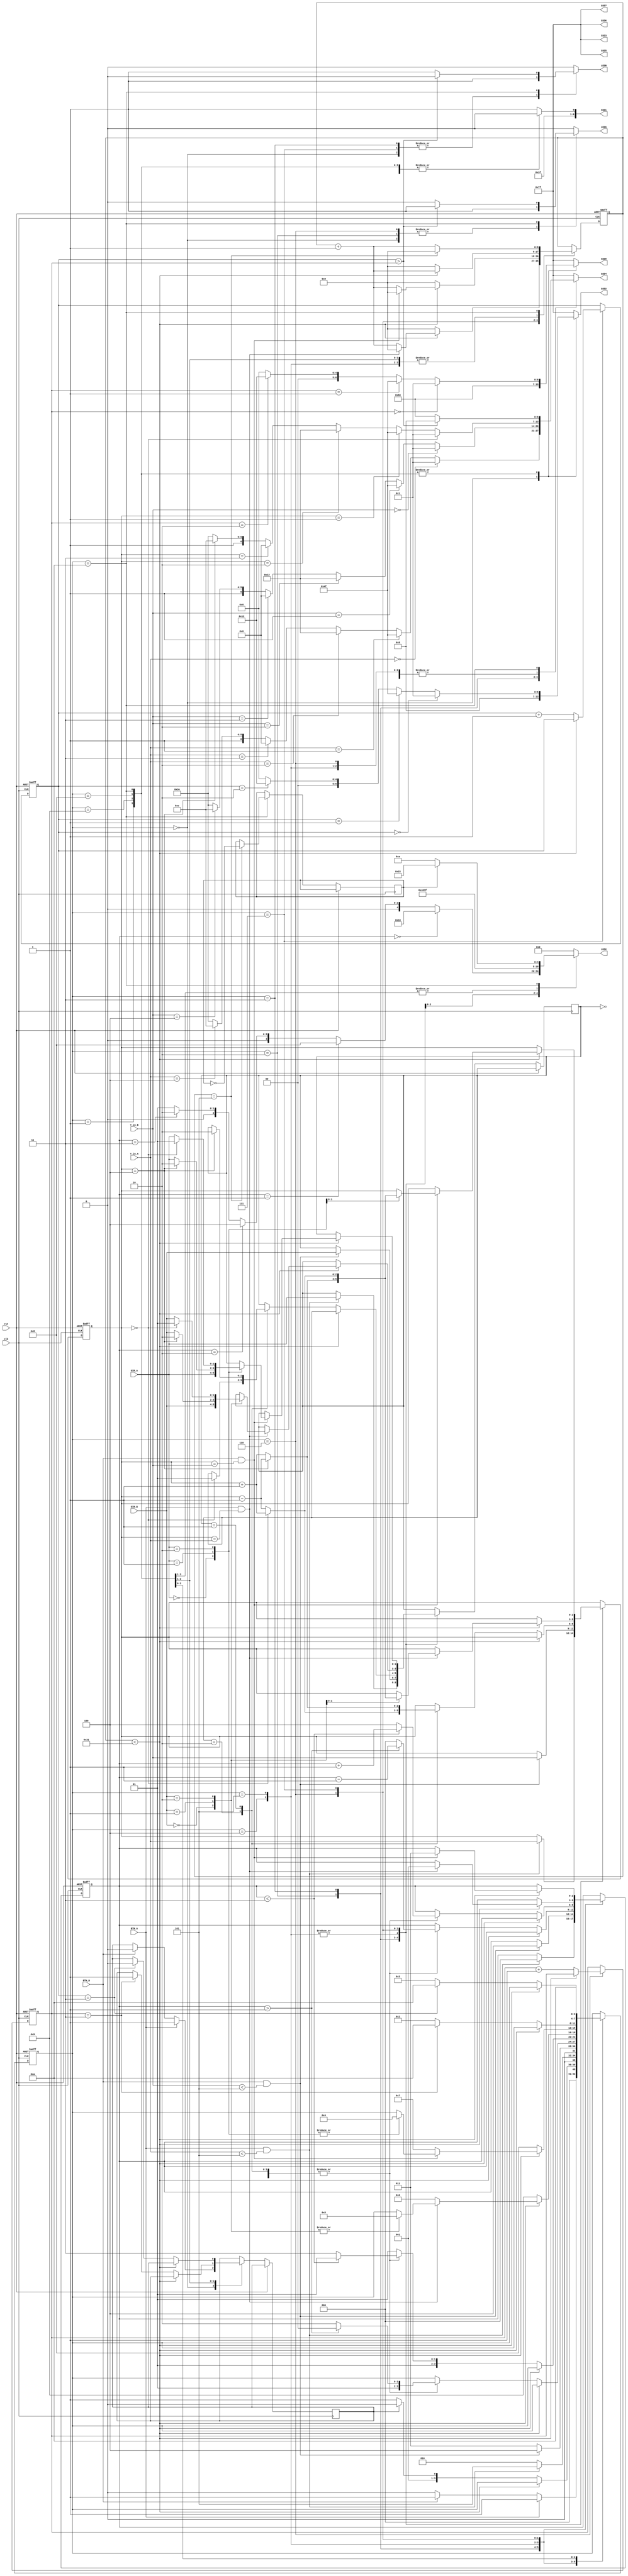
/*
Emre Kirmizi

External modules to be implemented:
- Binary to 7 segment decoder (bin2ssd) //implemented


*/


module hockey(

    input clk,
    input rst,
    
    input BTN_A,
    input BTN_B,
    
    input [1:0] DIR_A,
    input [1:0] DIR_B,
    
    input [2:0] Y_in_A,
    input [2:0] Y_in_B,


    output reg LEDA,
    output reg LEDB,
    output reg [4:0] LEDX,
    
    output reg [6:0] SSD7,
    output reg [6:0] SSD6,
    output reg [6:0] SSD5,
    output reg [6:0] SSD4, 
    output reg [6:0] SSD3,  
    output reg [6:0] SSD2, //left
    output reg [6:0] SSD1, //mid
    output reg [6:0] SSD0  //right

	
    
    );
        

	reg [2:0] X_COORD;
	reg [2:0] Y_COORD;
    
    reg [3:0]  state; //state variable
    reg turn;
    reg [1:0] dir;
    reg [1:0] score_A;
    reg [1:0] score_B;
    reg doBlink;
    

    reg[8:0] timer_count;

    parameter ZERO = 7'b0000001;
    parameter ONE = 7'b1001111;
    parameter TWO = 7'b0010010;
    parameter THREE = 7'b0000110;
    parameter FOUR = 7'b1001100;
    parameter FIVE = 7'b0100100;
    parameter SIX = 7'b0100000;
    parameter SEVEN = 7'b0001111;


    parameter   IDLE = 4'b0000;
    parameter   DISP = 4'b0001;    
    parameter   HIT_A = 4'b0010;
    parameter   HIT_B = 4'b0011;
    parameter   SEND_A = 4'b0100;
    parameter   SEND_B = 4'b0101;
    parameter   RESP_A = 4'b0110;
    parameter   RESP_B = 4'b0111;
    parameter   GOAL_A = 4'b1000;
    parameter   GOAL_B = 4'b1001;
    parameter   _END = 4'b1010;
    
    parameter delay = 50; //set 200000000 for 2 second delay, in 10MHz clock

    always @ (*)   //for ssd's
    begin
        case (state)
            IDLE:
                begin
                    SSD0 = 7'b1100000;  //Says b
                    SSD1 = 7'b1111110;  //Says -
                    SSD2 = 7'b0001000; //Says A
                    SSD3 = 7'b1111111; //Says nothing
                    SSD4 = 7'b1111111; //Says nothing
                    SSD5 = 7'b1111111; //Says nothing
                    SSD6 = 7'b1111111; //Says nothing
                    SSD7 = 7'b1111111; //Says nothing
                end

            DISP:
                begin
                    SSD3 = 7'b1111111; //Says nothing
                    SSD4 = 7'b1111111; //Says nothing
                    SSD5 = 7'b1111111; //Says nothing
                    SSD6 = 7'b1111111; //Says nothing
                    SSD7 = 7'b1111111; //Says nothing
                    SSD1 = 7'b1111110;  //Says -
                    if (score_A == 0)
                        SSD2 = ZERO;
                    else if (score_A == 1)
                        SSD2 = ONE;
                    else if (score_A == 2)
                        SSD2 = TWO;
                    else
                        SSD2 = THREE;

                    if (score_B == 0)
                        SSD0 = ZERO;
                    else if (score_B == 1)
                        SSD0 = ONE;
                    else if (score_B == 2)
                        SSD0 = TWO;
                    else
                        SSD0 = THREE;      
                end
            
            HIT_A:
                begin
                    SSD0 = 7'b1111111; //Says nothing
                    SSD1 = 7'b1111111; //Says nothing
                    SSD2 = 7'b1111111; //Says nothing
                    SSD3 = 7'b1111111; //Says nothing
                    // SSD4 = 1111111; //Says nothing
                    SSD5 = 7'b1111111; //Says nothing
                    SSD6 = 7'b1111111; //Says nothing
                    SSD7 = 7'b1111111; //Says nothing
                    if (Y_in_A == 0)
                        SSD4 = ZERO;
                    else if (Y_in_A == 1)
                        SSD4 = ONE;
                    else if (Y_in_A == 2)
                        SSD4 = TWO;
                    else if (Y_in_A == 3)
                        SSD4 = THREE;
                    else if (Y_in_A == 4)
                        SSD4 = FOUR;
                    else 
                        SSD4 = 7'b1111110;
                end

                HIT_B:
                begin
                    SSD0 = 7'b1111111; //Says nothing
                    SSD1 = 7'b1111111; //Says nothing
                    SSD2 = 7'b1111111; //Says nothing
                    SSD3 = 7'b1111111; //Says nothing
                    // SSD4 = 1111111; //Says nothing
                    SSD5 = 7'b1111111; //Says nothing
                    SSD6 = 7'b1111111; //Says nothing
                    SSD7 = 7'b1111111; //Says nothing
                    if (Y_in_B == 0)
                        SSD4 = ZERO;
                    else if (Y_in_B == 1)
                        SSD4 = ONE;
                    else if (Y_in_B == 2)
                        SSD4 = TWO;
                    else if (Y_in_B == 3)
                        SSD4 = THREE;
                    else if (Y_in_B == 4)
                        SSD4 = FOUR;
                    else 
                        SSD4 = 7'b1111110;
                end

                SEND_A:
                begin
                    SSD0 = 7'b1111111; //Says nothing
                    SSD1 = 7'b1111111; //Says nothing
                    SSD2 = 7'b1111111; //Says nothing
                    SSD3 = 7'b1111111; //Says nothing
                    SSD4 = 7'b1111111; //Says nothing
                    SSD5 = 7'b1111111; //Says nothing
                    SSD6 = 7'b1111111; //Says nothing
                    SSD7 = 7'b1111111; //Says nothing
                    if (Y_COORD == 0)
                        SSD4 = ZERO;
                    else if (Y_COORD == 1)
                        SSD4 = ONE;
                    else if (Y_COORD == 2)
                        SSD4 = TWO;
                    else if (Y_COORD == 3)
                        SSD4 = THREE;
                    else if (Y_COORD == 4)
                        SSD4 = FOUR;
                    else
                        SSD4 = 7'b1111110;
                end

                SEND_B:
                begin
                    SSD0 = 7'b1111111; //Says nothing
                    SSD1 = 7'b1111111; //Says nothing
                    SSD2 = 7'b1111111; //Says nothing
                    SSD3 = 7'b1111111; //Says nothing
                    SSD4 = 7'b1111111; //Says nothing
                    SSD5 = 7'b1111111; //Says nothing
                    SSD6 = 7'b1111111; //Says nothing
                    SSD7 = 7'b1111111; //Says nothing
                    if (Y_COORD == 0)
                        SSD4 = ZERO;
                    else if (Y_COORD == 1)
                        SSD4 = ONE;
                    else if (Y_COORD == 2)
                        SSD4 = TWO;
                    else if (Y_COORD == 3)
                        SSD4 = THREE;
                    else if (Y_COORD == 4)
                        SSD4 = FOUR;
                    else
                        SSD4 = 7'b1111110;
                end

                RESP_A:
                begin
                    SSD0 = 7'b1111111; //Says nothing
                    SSD1 = 7'b1111111; //Says nothing
                    SSD2 = 7'b1111111; //Says nothing
                    SSD3 = 7'b1111111; //Says nothing
                    SSD4 = 7'b1111111; //Says nothing
                    SSD5 = 7'b1111111; //Says nothing
                    SSD6 = 7'b1111111; //Says nothing
                    SSD7 = 7'b1111111; //Says nothing
                    if (Y_COORD == 0)
                        SSD4 = ZERO;
                    else if (Y_COORD == 1)
                        SSD4 = ONE;
                    else if (Y_COORD == 2)
                        SSD4 = TWO;
                    else if (Y_COORD == 3)
                        SSD4 = THREE;
                    else if (Y_COORD == 4)
                        SSD4 = FOUR;
                    else
                        SSD4 = 7'b1111110;
                end

                RESP_B:
                begin
                    SSD0 = 7'b1111111; //Says nothing
                    SSD1 = 7'b1111111; //Says nothing
                    SSD2 = 7'b1111111; //Says nothing
                    SSD3 = 7'b1111111; //Says nothing
                    SSD4 = 7'b1111111; //Says nothing
                    SSD5 = 7'b1111111; //Says nothing
                    SSD6 = 7'b1111111; //Says nothing
                    SSD7 = 7'b1111111; //Says nothing
                    if (Y_COORD == 0)
                        SSD4 = ZERO;
                    else if (Y_COORD == 1)
                        SSD4 = ONE;
                    else if (Y_COORD == 2)
                        SSD4 = TWO;
                    else if (Y_COORD == 3)
                        SSD4 = THREE;
                    else if (Y_COORD == 4)
                        SSD4 = FOUR;
                    else
                        SSD4 = 7'b1111110;
                end

                GOAL_A:
                //print scores
                begin
                    SSD3 = 7'b1111111; //Says nothing
                    SSD4 = 7'b1111111; //Says nothing
                    SSD5 = 7'b1111111; //Says nothing
                    SSD6 = 7'b1111111; //Says nothing
                    SSD7 = 7'b1111111; //Says nothing
                    SSD1 = 7'b1111110;  //Says -
                    if (score_A == 0)
                        SSD2 = ZERO;
                    else if (score_A == 1)
                        SSD2 = ONE;
                    else if (score_A == 2)
                        SSD2 = TWO;
                    else
                        SSD2 = THREE;

                    if (score_B == 0)
                        SSD0 = ZERO;
                    else if (score_B == 1)
                        SSD0 = ONE;
                    else if (score_B == 2)
                        SSD0 = TWO;
                    else
                        SSD0 = THREE;      
   
                end

                GOAL_B:
                //print scores

                begin
                    SSD3 = 7'b1111111; //Says nothing
                    SSD4 = 7'b1111111; //Says nothing
                    SSD5 = 7'b1111111; //Says nothing
                    SSD6 = 7'b1111111; //Says nothing
                    SSD7 = 7'b1111111; //Says nothing
                    SSD1 = 7'b1111110;  //Says -
                    if (score_A == 0)
                        SSD2 = ZERO;
                    else if (score_A == 1)
                        SSD2 = ONE;
                    else if (score_A == 2)
                        SSD2 = TWO;
                    else
                        SSD2 = THREE;
                    

                    if (score_B == 0)
                        SSD0 = ZERO;
                    else if (score_B == 1)
                        SSD0 = ONE;
                    else if (score_B == 2)
                        SSD0 = TWO;
                    else
                        SSD0 = THREE;      
     
   
                end

                _END:
                //SSD4 print winner (A or b)
                //SSD2-0 prints score
                begin
                    SSD1 = 7'b1111110;
                    SSD3 = 7'b1111111; //Says nothing
                    SSD5 = 7'b1111111; //Says nothing
                    SSD6 = 7'b1111111; //Says nothing
                    SSD7 = 7'b1111111; //Says nothing
                    if (score_A == 0)
                        SSD2 = ZERO;
                    else if (score_A == 1)
                        SSD2 = ONE;
                    else if (score_A == 2)
                        SSD2 = TWO;
                    else
                        SSD2 = THREE;

                    if (score_B == 0)
                        SSD0 = ZERO;
                    else if (score_B == 1)
                        SSD0 = ONE;
                    else if (score_B == 2)
                        SSD0 = TWO;
                    else
                        SSD0 = THREE;   

                    if (score_A > score_B)
                        SSD4 = 7'b0001000;
                    else
                        SSD4 = 7'b1100000;
                          
                end
                default:
                begin
                    SSD0 = 7'b1111111;
                    SSD1 = 7'b1111111;
                    SSD2 = 7'b1111111;
                    SSD3 = 7'b1111111; //Says nothing
                    SSD4 = 7'b1111111;
                    SSD5 = 7'b1111111; //Says nothing
                    SSD6 = 7'b1111111; //Says nothing
                    SSD7 = 7'b1111111; //Says nothing
                end
            endcase
        end

        always @ (*) //forleds
        begin
            case(state)
                IDLE:
                begin
                    LEDA = 1'b1;
                    LEDB = 1'b1;
                    LEDX = 5'b00000;
                end

                DISP:
                begin
                    LEDA = 1'b0;
                    LEDB = 1'b0;
                    LEDX = 5'b11111;
                end

                HIT_A:
                begin
                    LEDA = 1'b1;
                    LEDB = 1'b0;
                    LEDX = 5'b00000;
                end

                HIT_B:
                begin
                    LEDA = 1'b0;
                    LEDB = 1'b1;
                    LEDX = 5'b00000;
                end

                SEND_A:
                begin
                    LEDA = 1'b0;
                    LEDB = 1'b0;
                    if (X_COORD == 0)
                        LEDX = 5'b10000;
                    else if (X_COORD == 1)  
                        LEDX = 5'b01000;
                    else if (X_COORD == 2)
                        LEDX = 5'b00100;
                    else if (X_COORD == 3)
                        LEDX = 5'b00010;
                    else
                        LEDX = 5'b00001;
                     
                end

                SEND_B:
                begin
                    LEDA = 1'b0;
                    LEDB = 1'b0;
                    if (X_COORD == 0)
                        LEDX = 5'b10000;
                    else if (X_COORD == 1)  
                        LEDX = 5'b01000;
                    else if (X_COORD == 2)
                        LEDX = 5'b00100;
                    else if (X_COORD == 3)
                        LEDX = 5'b00010;
                    else
                        LEDX = 5'b00001;
                end

                RESP_A:
                begin
                    LEDA = 1'b1;
                    LEDB = 1'b0;
                    LEDX = 5'b10000;
                end

                RESP_B:
                begin
                    LEDA = 1'b0;
                    LEDB = 1'b1;
                    LEDX = 5'b00001;
                end

                GOAL_A:
                begin
                    LEDA = 1'b0;
                    LEDB = 1'b0;
                    LEDX = 5'b11111;
                end

                GOAL_B:
                begin
                    LEDA = 1'b0;
                    LEDB = 1'b0;
                    LEDX = 5'b11111;
                end

                _END:
                begin
                    LEDA = 1'b0;
                    LEDB = 1'b0;
                    if (score_A > score_B)
                        LEDA = 1'b1;
                    else
                        LEDB = 1'b1;

                    if (doBlink == 0)
                        LEDX = 5'b01010;
                    else
                        LEDX = 5'b10101;
                end
                
                default:
                begin
                    LEDA = 1'b0;
                    LEDB = 1'b0;
                    LEDX = 5'b00000;
                end
                    
            endcase
        end

        
    
    
    always @(posedge clk or posedge rst)
    begin
        if (rst)
        begin
            // LEDA <= 1'b0;
            // LEDB <= 1'b0;
            // LEDX <= 5'b00000;
            // SSD2 <= 7'b1111111;
            // SSD1 <= 7'b1111111;
            // SSD0 <= 7'b1111111;
            score_A <= 2'b00;
            score_B <= 2'b00;
            timer_count <= 0;
            X_COORD <= 3'b000;
            Y_COORD <= 3'b000;
            state <= IDLE;
        end
        
        else
            case(state)
                IDLE:
                    begin
                        // LEDA <= 1'b0;
                        // LEDB <= 1'b0;
                        // LEDX <= 5'b00000;
                        if(BTN_A)
                            begin
                                turn <= 1'b1;
                                state <= DISP;

                            end
                        else if(BTN_B)
                            begin
                                turn <= 1'b0;
                                state <= DISP;

                            end
                        else
                            begin
                                turn <= turn;
                                state <= IDLE;
                            end
                    end
                DISP:
                    begin
                        //set ssd2 to A's score
                        //set ssd0 to B's score
                        //set ssd1 to -

                        // SSD2 <= bin2ssd(score_A);
                        // SSD0 <= bin2ssd(score_B);
                        // SSD1 <= 7'b1111110;


                        if (timer_count < delay - 1)
                            timer_count <= timer_count + 1;
                        else
                            begin
                                timer_count <= 0;
                                if(turn) //if it is A's turn
                                        state <= HIT_A;
                                else //if it is B's turn
                                        state <= HIT_B;
                            end
                    end
                HIT_A:
                    begin
                        // LEDA <= 1'b1;
                        // LEDB <= 1'b0;
                        if (BTN_A && Y_in_A < 5) 
                            begin
                                X_COORD <= 3'b000;
                                Y_COORD <= Y_in_A; 
                                dir <= DIR_A;
                                state <= SEND_B;
                            end
                        else
                            state <= HIT_A;
                    end
                    
                HIT_B:
                    begin
                        // LEDA <= 1'b0;
                        // LEDB <= 1'b1;
                        if (BTN_B && Y_in_B < 5) 
                            begin
                                X_COORD <= 3'b100;
                                Y_COORD <= Y_in_B; 
                                dir <= DIR_B;
                                state <= SEND_A;
                            end
                        else
                            state <= HIT_B;
                    end
                SEND_A:
                    begin
                        if (timer_count < delay - 1)
                            timer_count <= timer_count + 1;
                        else
                            begin
                                timer_count <= 0;
                                case (dir)
                                    2'b10:
                                        begin
                                            if (Y_COORD == 0)
                                                begin
                                                    dir <= 2'b01;
                                                    Y_COORD <= Y_COORD + 1;
                                                    if (X_COORD > 1)
                                                        begin
                                                            X_COORD <= X_COORD - 1;
                                                            state <= SEND_A;
                                                        end
                                                    else
                                                        begin
                                                            X_COORD <= 0;
                                                            state <= RESP_A;
                                                        end
                                                end
                                            else
                                                Y_COORD <= Y_COORD - 1;
                                                if (X_COORD > 1)
                                                    begin
                                                        X_COORD <= X_COORD - 1;
                                                        state <= SEND_A;
                                                    end
                                                else
                                                    begin
                                                        X_COORD <= 0;
                                                        state <= RESP_A;
                                                    end
                                        end

                                    2'b01:
                                        begin
                                            if (Y_COORD == 4)
                                                begin
                                                    dir <= 2'b10;
                                                    Y_COORD <= Y_COORD - 1;
                                                    if (X_COORD > 1)
                                                        begin
                                                            X_COORD <= X_COORD - 1;
                                                            state <= SEND_A;
                                                        end
                                                    else
                                                        begin
                                                            X_COORD <= 0;
                                                            state <= RESP_A;
                                                        end
                                                end
                                            else
                                                Y_COORD <= Y_COORD + 1;
                                                if (X_COORD > 1)
                                                    begin
                                                        X_COORD <= X_COORD - 1;
                                                        state <= SEND_A;
                                                    end 
                                                else
                                                    begin
                                                        X_COORD <= 0;
                                                        state <= RESP_A;
                                                    end
                                        end
                                    2'b00: 
                                        begin
                                            if (X_COORD > 1)
                                                begin
                                                    X_COORD <= X_COORD - 1;
                                                    state <= SEND_A;
                                                end
                                            else
                                                begin
                                                    X_COORD <= 0;
                                                    state <= RESP_A;
                                                end
                                        end
                                    default: 
                                        begin
                                            
                                        end
                                endcase
                            end
                    end
                    

                SEND_B:
                    begin
                        if (timer_count < delay - 1)
                            timer_count <= timer_count + 1;
                        else
                            begin
                                timer_count <= 0;
                                case (dir)
                                    2'b10:
                                        begin
                                            if (Y_COORD == 0)
                                                begin
                                                    dir <= 2'b01;
                                                    Y_COORD <= Y_COORD + 1;
                                                    if (X_COORD < 3)
                                                        begin
                                                            X_COORD <= X_COORD + 1;
                                                            state <= SEND_B;
                                                        end
                                                    else
                                                        begin
                                                            X_COORD <= 4;
                                                            state <= RESP_B;
                                                        end
                                                end
                                            else
                                                begin
                                                Y_COORD <= Y_COORD - 1;
                                                if (X_COORD < 3)
                                                    begin
                                                        X_COORD <= X_COORD + 1;
                                                        state <= SEND_B;
                                                    end
                                                else
                                                    begin
                                                        X_COORD <= 4;
                                                        state <= RESP_B;
                                                    end
                                                end
                                        end
                                    2'b01:
                                        begin
                                            if (Y_COORD == 4)
                                                begin
                                                    dir <= 2'b10;
                                                    Y_COORD <= Y_COORD - 1;
                                                    if (X_COORD < 3)
                                                        begin
                                                            X_COORD <= X_COORD + 1;
                                                            state <= SEND_B;
                                                        end
                                                    else
                                                        begin
                                                            X_COORD <= 4;
                                                            state <= RESP_B;
                                                        end
                                                end
                                            else
                                                Y_COORD <= Y_COORD + 1;
                                                if (X_COORD < 3)
                                                    begin
                                                        X_COORD <= X_COORD + 1;
                                                        state <= SEND_B;
                                                    end
                                                else
                                                    begin
                                                        X_COORD <= 4;
                                                        state <= RESP_B;
                                                    end
                                        end
                                    2'b00:
                                        begin
                                            if (X_COORD < 3)
                                                begin
                                                    X_COORD <= X_COORD + 1;
                                                    state <= SEND_B;
                                                end
                                            else
                                                begin
                                                    X_COORD <= 4;
                                                    state <= RESP_B;
                                                end
                                        end
                                    default: 
                                    begin
                                        state <= SEND_B;
                                    end
                                endcase
                                        
                                                        
                            end
                        end
                RESP_A:
                    begin
                        if (timer_count < delay - 1)
                            begin
                                if (BTN_A && (Y_COORD == Y_in_A))
                                    begin
                                        X_COORD <= 1;
                                        timer_count <= 0;
                                        case (DIR_B)
                                                2'b00:
                                                    begin
                                                        dir <= DIR_B;
                                                        state <= SEND_B;
                                                    end
                                                2'b01:  
                                                    begin
                                                        if (Y_COORD == 4)
                                                            begin
                                                                dir <= 2'b10;
                                                                Y_COORD <= Y_COORD - 1;
                                                                state <= SEND_B;
                                                            end
                                                        else
                                                            begin
                                                                dir <= DIR_B;
                                                                Y_COORD <= Y_COORD + 1;
                                                                state <= SEND_B;                                                    
                                                            end
                                                    end
                                                2'b10:
                                                    begin
                                                        if (Y_COORD == 0)
                                                            begin
                                                                dir <= 2'b01;
                                                                Y_COORD <= Y_COORD + 1;
                                                                state <= SEND_B;
                                                            end
                                                        else
                                                            begin
                                                                dir <= DIR_B;
                                                                Y_COORD <= Y_COORD - 1;
                                                                state <= SEND_B;
                                                            end
                                                    end
                                               default: 
                                                    begin
                                                    end
                                            
                                        endcase
                                    end
                                else
                                    begin
                                        timer_count <= timer_count + 1;
                                        state <= RESP_A;
                                    end

                            end
                        else
                            begin
                                timer_count <= 0;
                                score_B <= score_B + 1;
                                state <= GOAL_B;
                            end
                    end
                RESP_B:
                    begin
                        if (timer_count < delay - 1)
                            begin
                                if (BTN_B && (Y_COORD == Y_in_B))
                                    begin
                                        X_COORD <= 3;
                                        timer_count <= 0;
                                        case(DIR_A)
                                            2'b00:
                                                begin
                                                    dir <= DIR_A;
                                                    state <= SEND_A;
                                                end
                                            2'b01:
                                                begin
                                                    if (Y_COORD == 4)
                                                        begin
                                                            dir <= 2'b10;
                                                            Y_COORD <= Y_COORD - 1;
                                                            state <= SEND_A;
                                                        end
                                                    else
                                                        begin
                                                            dir <= DIR_A;
                                                            Y_COORD <= Y_COORD + 1;
                                                            state <= SEND_A;
                                                        end
                                                end
                                            2'b10:
                                                begin
                                                    if (Y_COORD == 0)
                                                        begin
                                                            dir <= 2'b01;
                                                            Y_COORD <= Y_COORD + 1;
                                                            state <= SEND_A;
                                                        end
                                                    else
                                                        begin
                                                            dir <= DIR_A;
                                                            Y_COORD <= Y_COORD - 1;
                                                            state <= SEND_A;
                                                        end
                                                end
                                            default:
                                                begin
                                                end
                                        endcase
                                    end
                                else
                                    begin
                                        timer_count <= timer_count + 1;
                                        state <= RESP_B;
                                    end
                            end
                        else
                            begin
                                timer_count <= 0;
                                score_A <= score_A + 1;
                                state <= GOAL_A;
                            end
                    end
                GOAL_B:
                    begin
                        if (timer_count < delay - 1)
                            timer_count <= timer_count + 1;
                        else
                            begin
                                timer_count <= 0;
                                if (score_B == 3)
                                    begin
                                        turn <= 1'b1;
                                        state <= _END;
                                    end
                                else
                                    state <= HIT_A;
                            end
                    end
                GOAL_A:
                    begin
                        if (timer_count < delay - 1)
                            timer_count <= timer_count + 1;
                        else
                            begin
                                timer_count <= 0;
                                if (score_A == 3)
                                    begin
                                        turn <= 1'b0;
                                        state <= _END;
                                    end
                                else
                                    state <= HIT_B;
                            end
                    end
                _END:
                begin
                if (timer_count == 5)
                 begin
                    timer_count <= 0;
                    doBlink <= ~doBlink;
                 end
                else
                    timer_count <= timer_count + 1;
                    
                state <= _END;
                end

            endcase

            
	end
    
    
endmodule